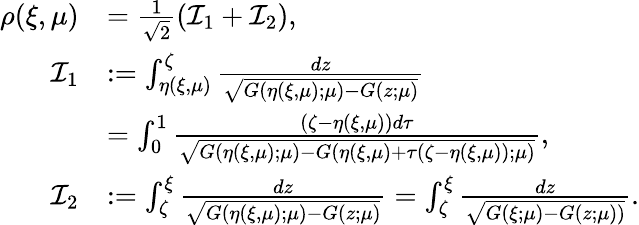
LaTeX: \begin{array}{rl}{\rho(\xi,\mu)}&{=\frac 1{\sqrt 2}({\mathcal I}_{1}+{\mathcal I}_{2}),}\\ {{\mathcal I}_{1}}&{:=\int_{\eta(\xi,\mu)}^{\zeta}\frac{dz}{\sqrt{G(\eta(\xi,\mu);\mu)-G(z;\mu)}}}\\ &{=\int_{0}^{1}\frac{(\zeta-\eta(\xi,\mu))d\tau}{\sqrt{G(\eta(\xi,\mu);\mu)-G(\eta(\xi,\mu)+\tau(\zeta-\eta(\xi,\mu));\mu)}},}\\ {{\mathcal I}_{2}}&{:=\int_{\zeta}^{\xi}\frac{dz}{\sqrt{G({\eta(\xi,\mu)};\mu)-G(z;\mu)}}=\int_{\zeta}^{\xi}\frac{dz}{\sqrt{G(\xi;\mu)-G(z;\mu))}}.}\end{array}